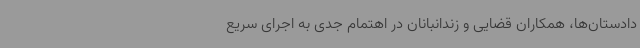
دادستان‌ها، همکاران قضایی و زندانبانان در اهتمام جدی به اجرای سریع